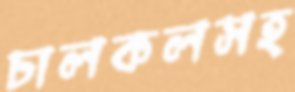
চালকলসহ